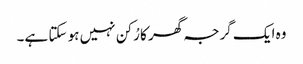
وہ ایک گرجہ گھر کا رُکن نہیں ہو سکتا ہے۔